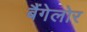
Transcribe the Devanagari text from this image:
बैंगेलोर